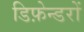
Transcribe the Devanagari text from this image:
डिफ़ेन्डरों